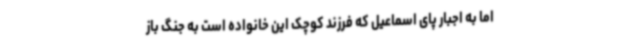
اما به اجبار پای اسماعیل که فرزند کوچک این خانواده است به جنگ باز